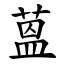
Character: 蒕